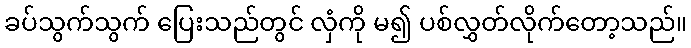
ခပ်သွက်သွက် ပြေးသည်တွင် လှံကို မ၍ ပစ်လွှတ်လိုက်တော့သည်။